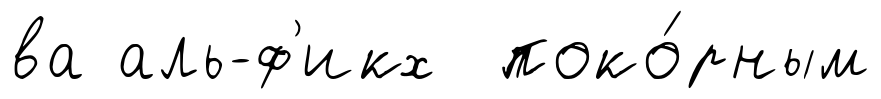
ва аль-ф'икх поко́рным